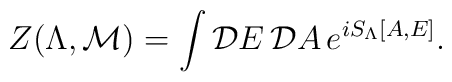
Z(\Lambda,{\cal M}) = \int {\cal D}E \,{\cal D}A \, e^{iS_\Lambda[A,E]}.